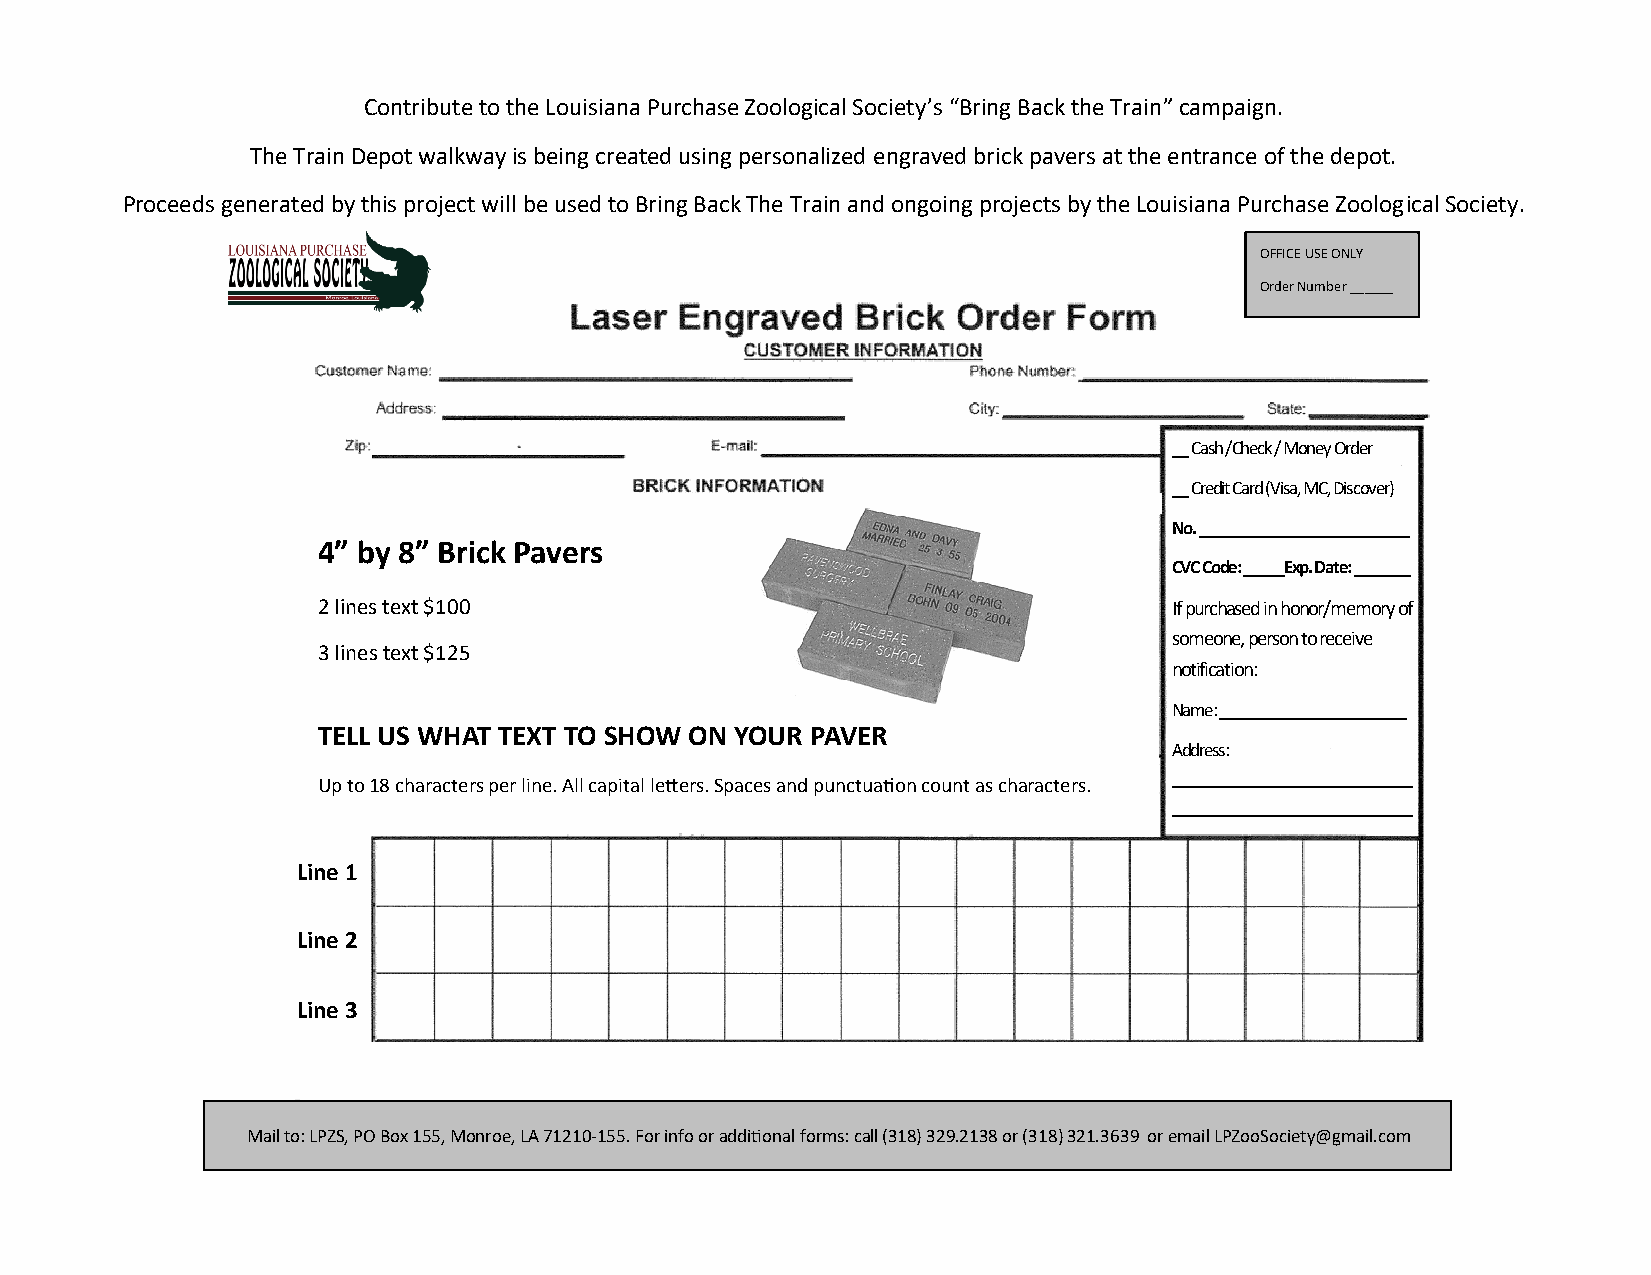
Contribute to the Louisiana Purchase Zoological Society’s “Bring Back the Train” campaign.
 The Train Depot walkway is being created using personalized engraved brick pavers at the entrance of the depot.
 Proceeds generated by this project will be used to Bring Back The Train and ongoing projects by the Louisiana Purchase Zoological Society.
 OFFICE USE ONLY
 Order Number ______
 __ Cash /Check / Money Order
 __ Credit Card (Visa, MC, Discover)
 No. __________________________
 4” by 8” Brick Pavers
 CVC Code: _____Exp. Date: _______
 2 lines text $100                                        If purchased in honor/memory of
 someone, person to receive
 3 lines text $125
 notification:
 Name: _______________________
 TELL US WHAT TEXT TO SHOW ON YOUR PAVER
 Address:
 ____________________________
 Up to 18 characters per line. All capital letters. Spaces and punctuation count as characters.
 ____________________________
 Line 1
 Line 2
 Line 3
 Mail to: LPZS, PO Box 155, Monroe, LA 71210-155. For info or additional forms: call (318) 329.2138 or (318) 321.3639 or email LPZooSociety@gmail.com